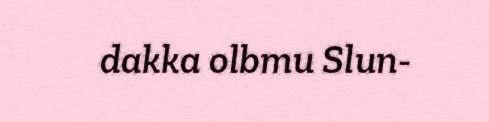
dakka olbmu Slun-